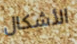
الأشكال